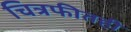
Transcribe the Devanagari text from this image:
चित्रफीतही